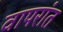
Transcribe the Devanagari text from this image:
वापरांत